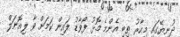
ދުނިޔޭގައި މިހާރު ތިބި އެންމެ މޮޅު ފޯވާޑު ލައިން ކަމަށް ވާ ލިއޮނަލް